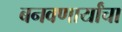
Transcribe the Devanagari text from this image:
बनवणार्यांचा